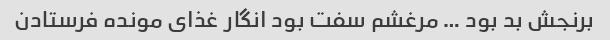
برنجش بد بود … مرغشم سفت بود انگار غذای مونده فرستادن